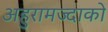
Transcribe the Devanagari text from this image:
अहुरामज्दाको